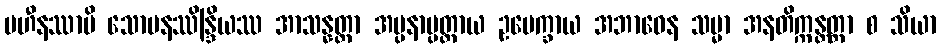
ပဟီနဿာပိ သောမနဿိန္ဒြိယဿ အာသန္နတ္တာ အပ္ပနာပ္ပတ္တာယ ဥပေက္ခာယ အဘာဝေန သမ္မာ အနတိက္ကန္တတ္တာ စ သိယာ